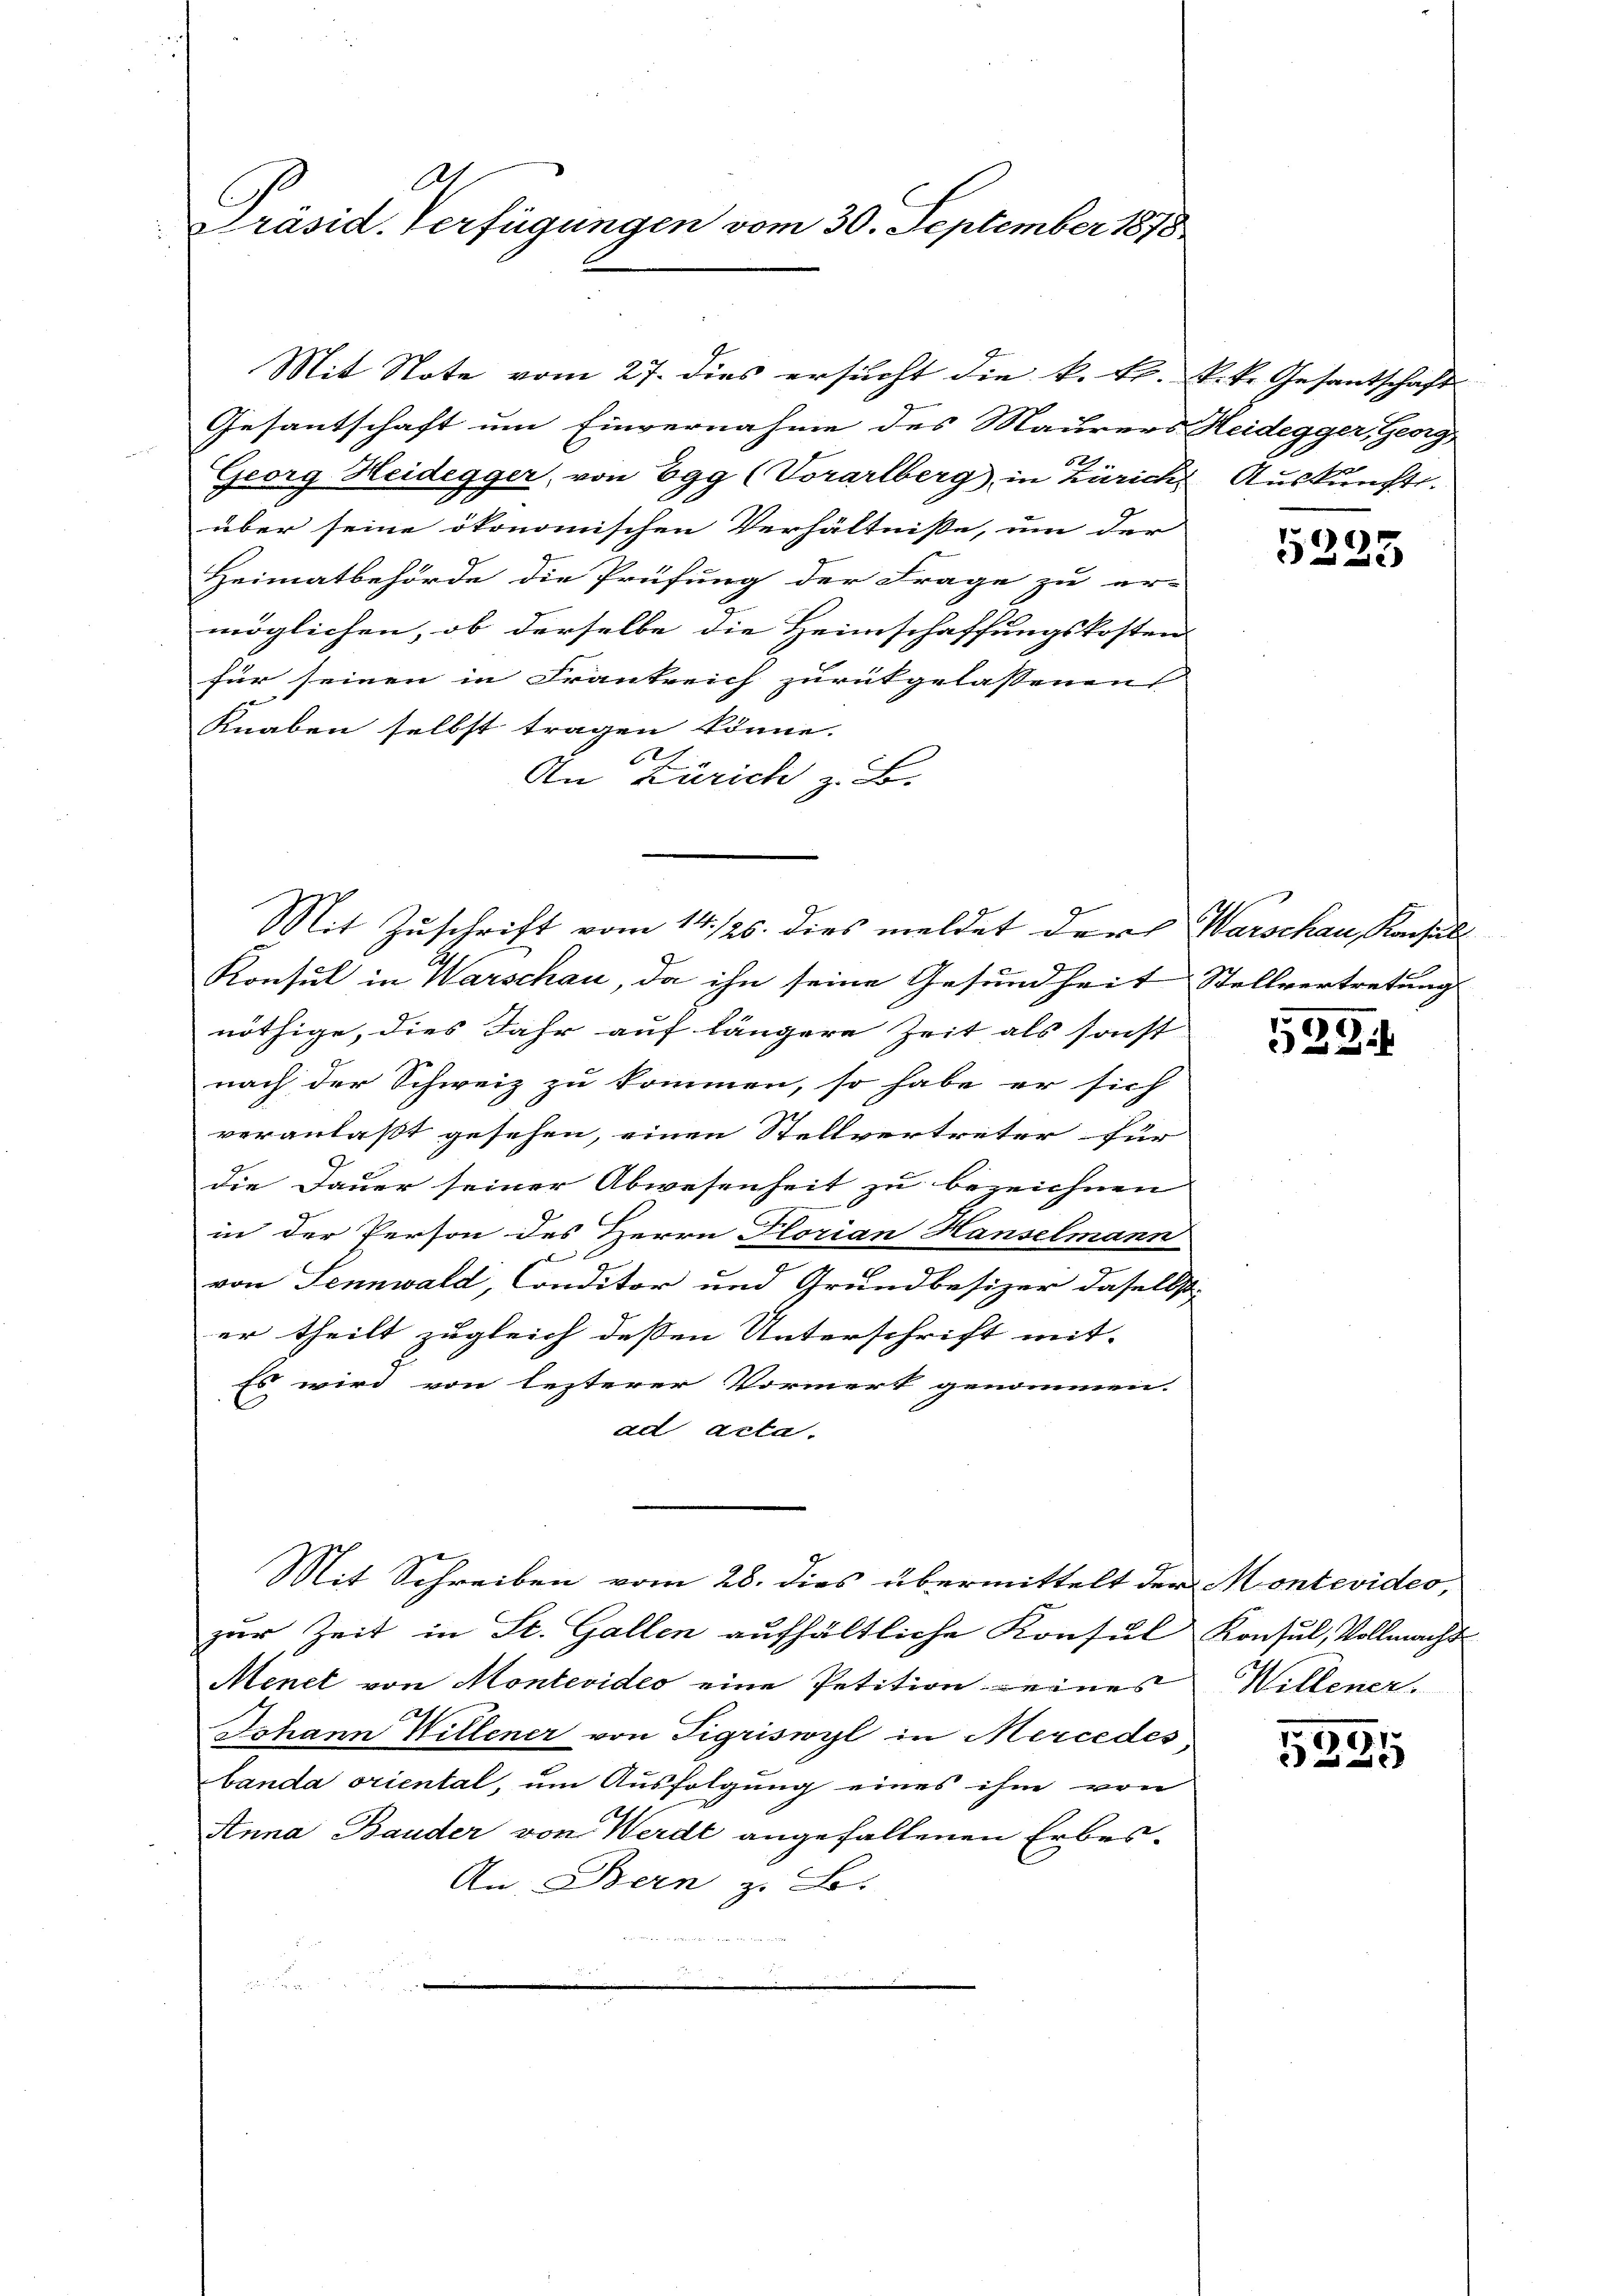
Al
Präsid. Verfügungen vom 30. September 1878

Gesantschaft um Einvernahme des Maurers Heidegger, Georg
521.
Georg Heidegger, von Egg (Vorarlberg in Zürich Auskunft.
über seine ökonomischen Verhältnisse, um der
Heimatbehörde die Prüfung der Frage zu er-
möglichen, ob derselbe die Heimschaffungskosten
für seinen in Frankreich zurükgelassenen
Knaben selbst tragen könne.
e
An Zürich z. B.
Mit Zuschrift vom 14. 126. dies meldet der Warschau, Konsul
Konsul in Warschau, da ihn seine Gesundheit Stellvertretung
nöthige, dies Jahr auf längere Zeit als sonst
nach der Schweiz zu kommen, so habe er sich
veranlaßt gesehen, einen Stellvertreter für
die Dauer seiner Abwesenheit zu bezeichnen
in der Person des Herrn Florian Hanselmann
s
von Sennwald, Conditor und Grundbesizer daselbst
er theilt zugleich dessen Unterschrift mit-
Es wird von lezterer Vormerk genommen.
ad acta.

Mit Note vom 27. dies ersucht die k. k. k.k. Gesantschaft

Mit Schreiben vom 28. dies übermittelt der Montevides,

zur Zeit in St. Gallen aufhältliche Konsul Konsul, Vollmacht
Menet von Montevideo eine Petition eines Willener
Johann Willener von Sigriswyl in Mercedes
banda oriental, um Ausfolgung eines ihm von
Anna Bauder von Werdt angefallenen Erbes¬
An Bern z. B.
n

5225

529.

191
2